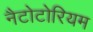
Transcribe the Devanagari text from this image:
नैटोटोरियम